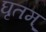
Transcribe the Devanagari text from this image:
घृतम्